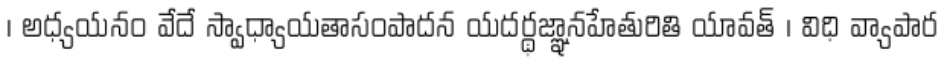
। అధ్యయనం వేదే స్వాధ్యాయతాసంపాదన యదర్థజ్ఞానహేతురితి యావత్ । విధి వ్యాపార